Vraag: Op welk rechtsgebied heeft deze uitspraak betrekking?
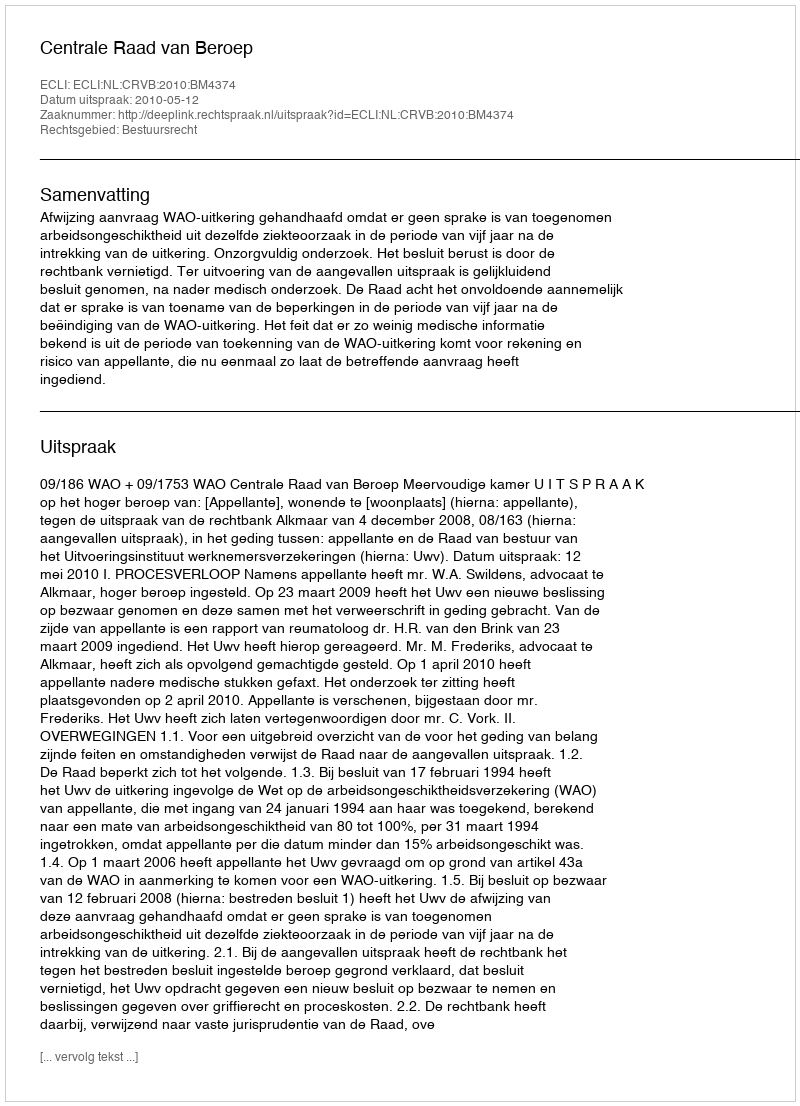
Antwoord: Bestuursrecht